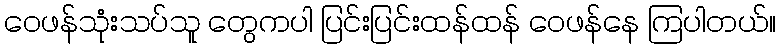
ဝေဖန်သုံးသပ်သူ တွေကပါ ပြင်းပြင်းထန်ထန် ဝေဖန်နေ ကြပါတယ်။